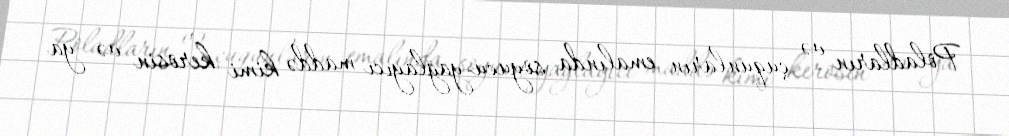
Poladların və çuqunların emalında soyucu-yağlayıcı maddə kimi kerosin və ya